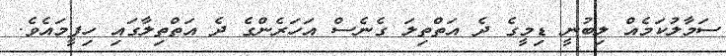
ސަމާލުކަމެއް ލިބުނީ ޑިމީގެ ދެ އަތްތިލަ ގެނެސް އަހަރެންގެ ދެ އަތްތިލާގައި ހިފީމައެވެ.